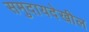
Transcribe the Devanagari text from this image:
समुदायदेखील